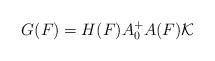
LaTeX: \begin{align*}G(F)=H(F)A_0^+A(F)\mathcal{K}\end{align*}